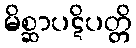
မိစ္ဆာပဋိပတ္တိ